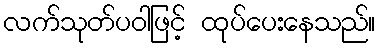
လက်သုတ်ပဝါဖြင့် ထုပ်ပေးနေသည်။